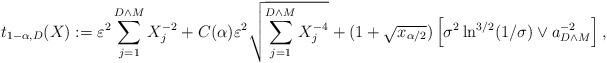
LaTeX: \begin{align*}t_{1-\alpha,D}(X):=\varepsilon^2 \sum_{j=1}^{D \wedge M}X_j^{-2} + C(\alpha) \varepsilon^2 \sqrt{\sum_{j=1}^{D \wedge M}X_j^{-4}} +(1+\sqrt{x_{\alpha/2}}) \left[\sigma^2 \ln^{3/2}(1/\sigma) \vee a_{D \wedge M}^{-2}\right],\end{align*}